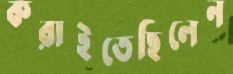
করাইতেছিলেন